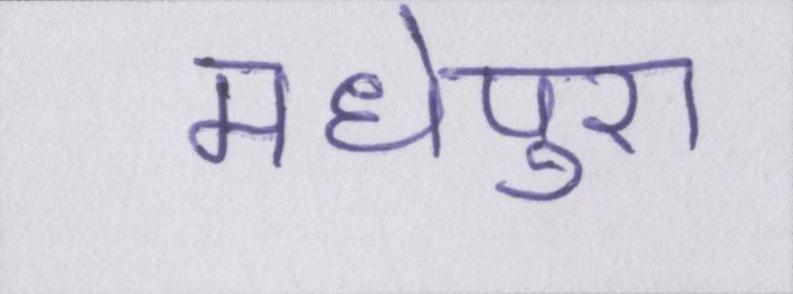
मधेपुरा